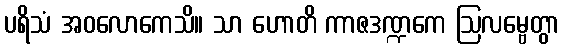
ပရိသံ အဝလောကေသိ။ သာ ဟောတိ ကာဇဒဏ္ဍကေ ဩလမ္ဗေတွာ